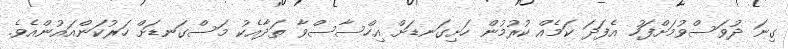
ގިނަ ދުވަސްވުމަށްފަހު އެފަދަ ކަމެއް ކުރުމުން ހަށިގަނޑަށް އިހްސާސްވާ ތަދާއެކު މަސްގަނޑަށް ހަރުކަންއައުންއެވެ.